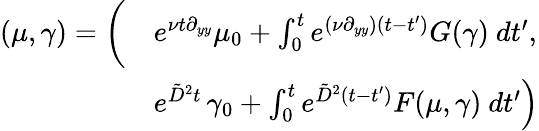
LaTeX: \begin{array}{rl}{(\mu,\gamma)=\bigg(}&{e^{\nu t\partial_{yy}}\mu_{0}+\int_{0}^{t}e^{(\nu\partial_{yy})(t-t^{\prime})}G(\gamma)\ dt^{\prime},}\\ &{e^{\tilde{D}^{2}t}\left.\gamma_{0}+\int_{0}^{t}e^{\tilde{D}^{2}(t-t^{\prime})}F(\mu,\gamma)\ dt^{\prime}\right)}\end{array}